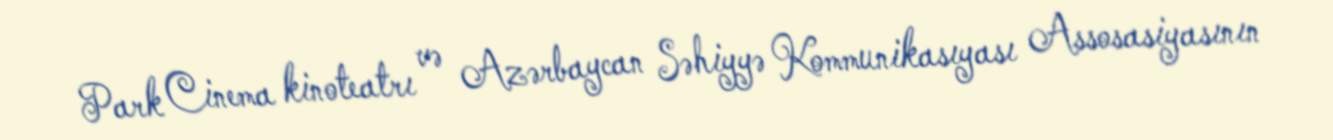
Park Cinema kinoteatrı və Azərbaycan Səhiyyə Kommunikasıyası Assosasiyasının